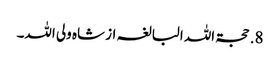
8. حجۃ اللہ البالغہ از شاہ ولی اللہ۔